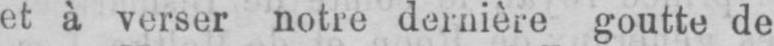
et à verser notre dernière goutte de